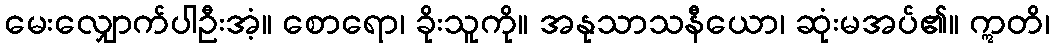
မေးလျှောက်ပါဦးအံ့။ စောရော၊ ခိုးသူကို။ အနုသာသနီယော၊ ဆုံးမအပ်၏။ ဣတိ၊